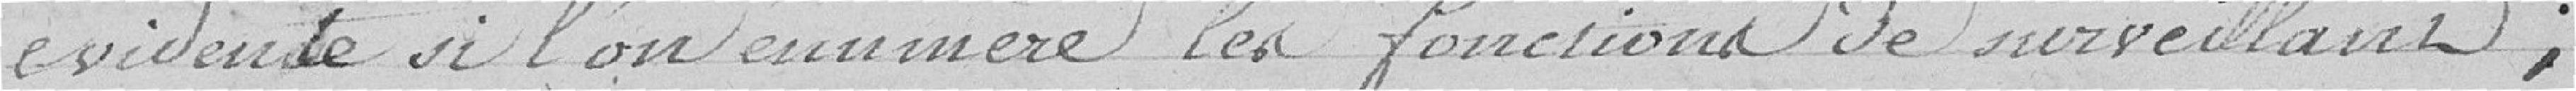
évidente si l'on énumère les fonctions de surveillant ;